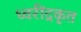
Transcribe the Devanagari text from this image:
ध्वरींद्रकृत